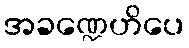
အခဏ္ဍေဟိပေ